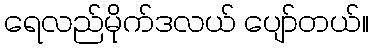
ရေလည်မိုက်ဒလယ် ပျော်တယ်။